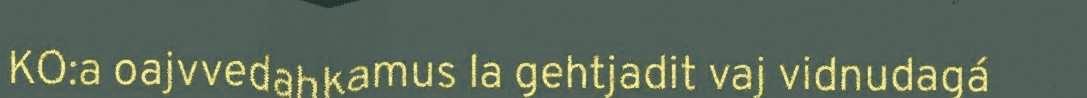
KO:a oajvvedahkamus la gehtjadit vaj vidnudagá